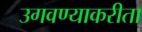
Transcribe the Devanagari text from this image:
उगवण्याकरीता